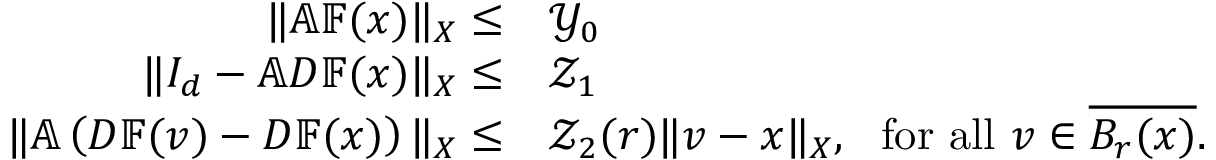
\begin{array} { r l } { \| \mathbb { A } \mathbb { F } ( x ) \| _ { X } \leq } & { \mathcal { Y } _ { 0 } } \\ { \| I _ { d } - \mathbb { A } D \mathbb { F } ( x ) \| _ { X } \leq } & { \mathcal { Z } _ { 1 } } \\ { \| \mathbb { A } \left( { D } \mathbb { F } ( v ) - D \mathbb { F } ( x ) \right) \| _ { X } \leq } & { \mathcal { Z } _ { 2 } ( r ) \| v - x \| _ { X } , ~ ~ \mathrm { f o r ~ a l l ~ } v \in \overline { { B _ { r } ( x ) } } . } \end{array}